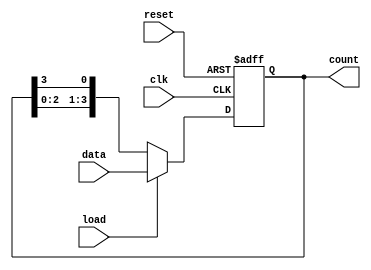
module loadable_ring_counter #(
    parameter N = 4  // Number of bits in the counter
)(
    input wire clk,          // Clock signal
    input wire load,         // Load signal
    input wire [N-1:0] data, // Data input for loading
    input wire reset,        // Reset signal
    output reg [N-1:0] count // Current state of the counter
);

    // Internal signal to hold the next state
    reg [N-1:0] next_count;

    always @(posedge clk or posedge reset) begin
        if (reset) begin
            // Reset the counter to 0
            count <= {N{1'b0}};
        end else if (load) begin
            // Load the counter with the input data
            count <= data;
        end else begin
            // Perform the ring counting operation
            next_count = {count[N-2:0], count[N-1]}; // Shift right
            count <= next_count;
        end
    end

endmodule